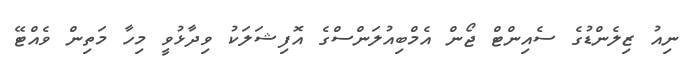
ނިއު ޒިލެންޑުގެ ސެއިންޓް ޖޯން އެމްބިއުލަންސްގެ އޮފިޝަލަކު ވިދާޅުވީ މިހާ މަތިން ވެއްޓޭ